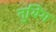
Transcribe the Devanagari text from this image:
नुयिंग